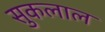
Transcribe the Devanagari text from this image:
सुकलाल